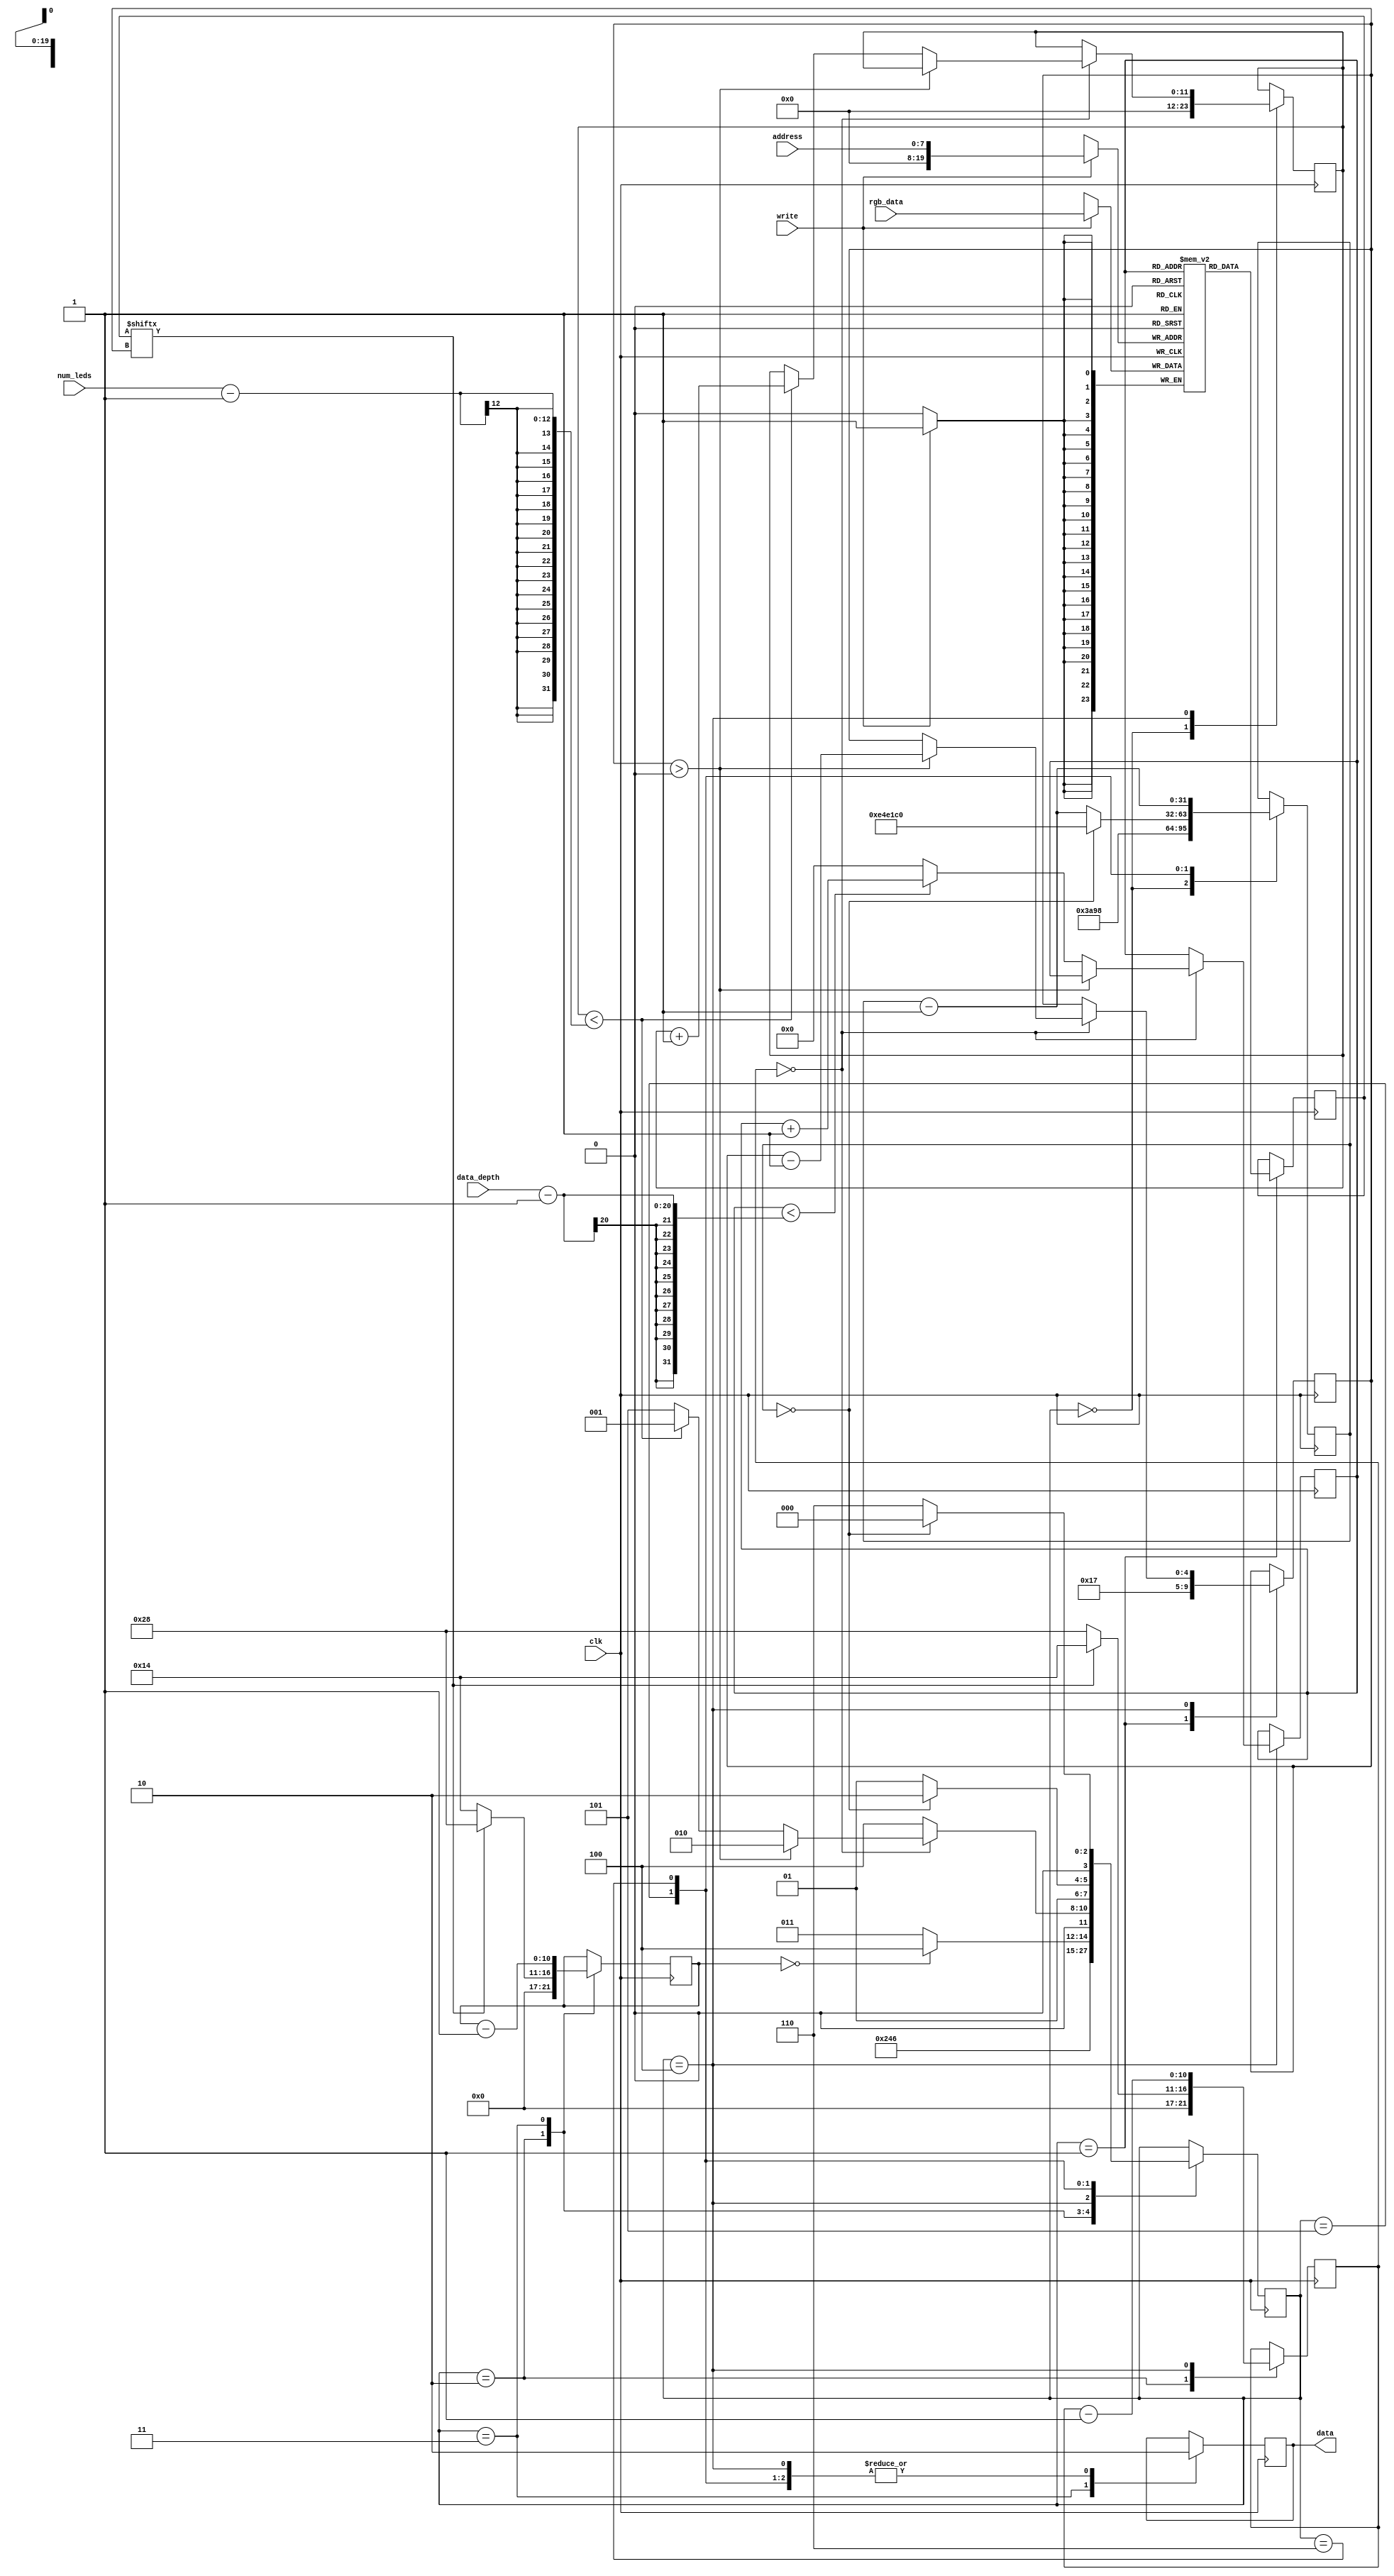
module ws2812_interface (
    input           clk,
    input [23:0]    rgb_data,
    input [7:0]     address,
    input           write,
    input [19:0]    data_depth,
    input [11:0]    num_leds,
    output reg      data
);

/*
period 1200ns:define
    * t on  800ns
    * t off 400ns

end of frame/reset is > 300us.

More recent ws2812 parts require reset > 280us.

clock period at 50MHz = 20ns:
    * high/low counter = 40, makes   = 800ns
    * high/low counter = 20, makes   = 400ns
    * reset is 15000 counts          = 300us
    * Delay is 15000000 counts       = 300ms
*/


reg [23:0] led_reg [1000000:0];

reg [11:0]              led_counter = 0;
reg [4:0]               rgb_counter = 0;
reg [23:0]              led_color = 0;
reg [10:0]              high_count = 0;
reg [10:0]              low_count = 0;
reg [31:0]              reset_count = 0;
reg [19:0]              data_count = 0;


// handle reading new led data
always @(posedge clk) begin
    if(write)
        led_reg[address] <= rgb_data;
end

/* State machine parameters */
reg [3:0]   state = 0;
localparam IDLE     = 4'h0;
localparam READ     = 4'h1;
localparam DECODE   = 4'h2;
localparam HIGH     = 4'h3;
localparam LOW      = 4'h4;
localparam RESET    = 4'h5;
localparam DELAY    = 4'h6;

always @(posedge clk) begin
    case (state) 
        IDLE: begin
            led_counter <= 0;
            reset_count <= 'd15000;
            state <= READ;
        end
        
        READ: begin
            led_color <= led_reg[data_count];
            rgb_counter <= 5'd23;
            state <= DECODE;
        end
        
        DECODE: begin
            if(led_color[rgb_counter]) begin
                high_count <= 'd40;
                low_count <= 'd20;
            end else begin
                high_count <= 'd20;
                low_count <= 'd40;
            end
            state <= HIGH;
        end
        
        HIGH: begin
            data <= 1;
            high_count <= high_count - 1;
            
            if(high_count == 0) begin
                state <= LOW;
            end else begin
                state <= HIGH;
            end
        end
        
        LOW: begin
            data <= 0;
            low_count <= low_count - 1;
            
            if(low_count == 0) begin
                if(rgb_counter > 0) begin
                    rgb_counter <= rgb_counter - 1;
                    state <= DECODE;
                end else begin
                    if(data_count < data_depth-1) begin
                        data_count <= data_count + 1;
                    end else begin
                        data_count <= 0;
                    end
                    
                    if(led_counter < num_leds-1) begin
                        led_counter <= led_counter + 1;
                        state <= READ;
                    end else begin
                        state <= RESET;
                    end
                end
            end else begin
                state <= LOW;
            end
        end
        
        RESET: begin
            data <= 0;
            reset_count <= reset_count - 1;
            
            if(reset_count == 0) begin
                reset_count <= 'd15000000;
                state <= DELAY;
            end else begin
                state <= RESET;
            end
        end
        
        DELAY: begin
            data <= 0;
            reset_count <= reset_count - 1;
            
            if(reset_count == 0) begin
                state <= IDLE;
            end else begin
                state <= DELAY;
            end
        end
    endcase
end
endmodule